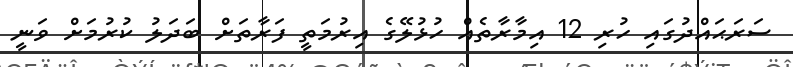
ސަރަޙައްދުގައި ހުރި 12 އިމާރާތެއް ހުޅުލޭގެ އިރުމަތީ ފަރާތަށް ބަދަލު ކުރުމަށް ވަނީ